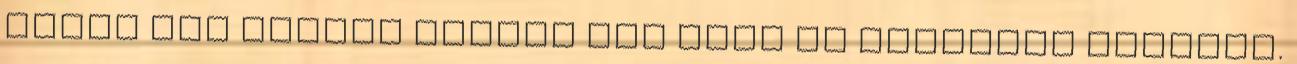
aztán egy nagyon komoly érv vagy az abortusz mellett.